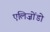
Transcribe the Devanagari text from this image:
एलिज़ोंडो